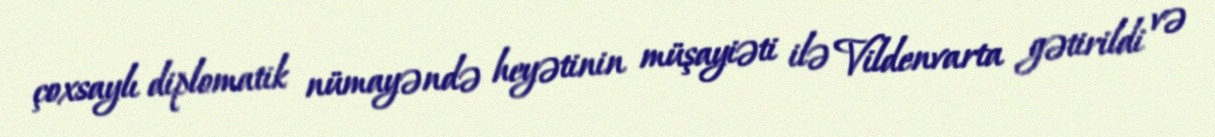
çoxsaylı diplomatik nümayəndə heyətinin müşayiəti ilə Vildenvarta gətirildi və